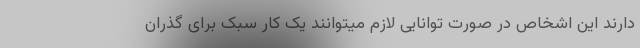
دارند این اشخاص در صورت توانایی لازم میتوانند یک کار سبک برای گذران